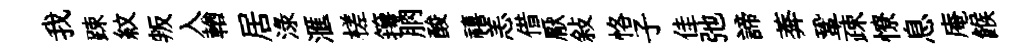
我踈紋叛入輶居渌滙槎籜朒酸禧恙借厭敍恪子佳弛諦莾鞏疎憭息庵餱